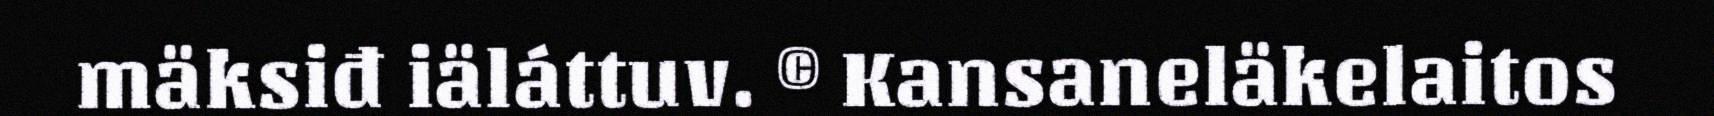
mäksiđ iäláttuv. © Kansaneläkelaitos